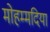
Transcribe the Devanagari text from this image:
मोहम्मदिया